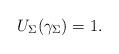
LaTeX: \begin{align*}U_\Sigma(\gamma_\Sigma) = 1. \end{align*}